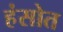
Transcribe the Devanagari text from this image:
हंसोत